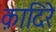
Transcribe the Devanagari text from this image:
क़ादिरे